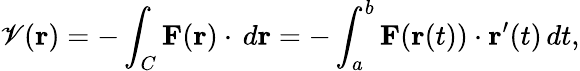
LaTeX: \mathscr{V}(\mathbf{{r}})=-\int_{C}\mathbf{{F}}(\mathbf{{r}})\cdot\, d\mathbf{{r}}=-\int_{a}^{b}\mathbf{{F}}(\mathbf{{r}}(t))\cdot\mathbf{{r}}^{\prime}(t)\, dt,